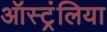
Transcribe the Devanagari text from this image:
ऑस्ट्रंलिया